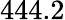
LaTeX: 444.2